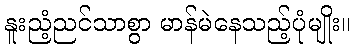
နူးညံ့ညင်သာစွာ မာန်မဲနေသည့်ပုံမျိုး။